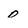
Character: 0